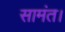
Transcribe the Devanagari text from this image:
सामंत।